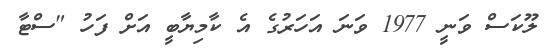
ލޫކަސް ވަނީ 1977 ވަނަ އަހަރުގެ އެ ކާމިޔާބީ އަށް ފަހު "ސްޓާ